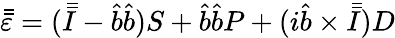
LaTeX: \bar{\bar{\varepsilon}}=(\bar{\bar{I}}-\hat{b}\hat{b})S+\hat{b}\hat{b}P+(i\hat{b}\times\bar{\bar{I}})D